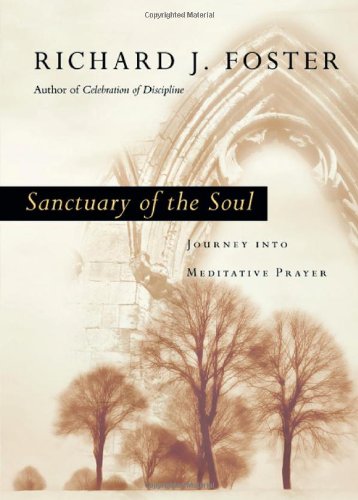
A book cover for Sanctuary of the Soul: Journey into Meditative Prayer; Richard J. Foster; Religion & Spirituality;